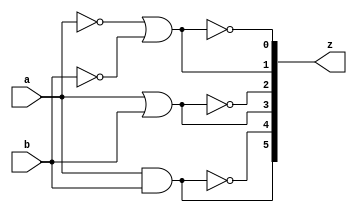
`timescale 1ns / 1ps
//////////////////////////////////////////////////////////////////////////////////
// Company: 
// Engineer: 
// 
// Design Name: 
// Module Name:    gates2 
// Project Name: 
// Target Devices: 
// Tool versions: 
// Description: 
//
// Dependencies: 
//
// Revision: 
// Revision 0.01 - File Created
// Additional Comments: 
//
//////////////////////////////////////////////////////////////////////////////////
module gates2(input wire a,input wire b,output wire[5:0] z);
assign z[5]=a&b;
assign z[4]=~(a&b);
assign z[3]=a|b;
assign z[2]=~(a|b);
assign z[1]=(~a)|(~b);
assign z[0]=~((~a)|(~b));

endmodule